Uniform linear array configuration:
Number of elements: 24
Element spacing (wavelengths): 1
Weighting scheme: cosine
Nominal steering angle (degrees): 15
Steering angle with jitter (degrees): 13.258
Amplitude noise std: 0.05
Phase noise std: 0.05

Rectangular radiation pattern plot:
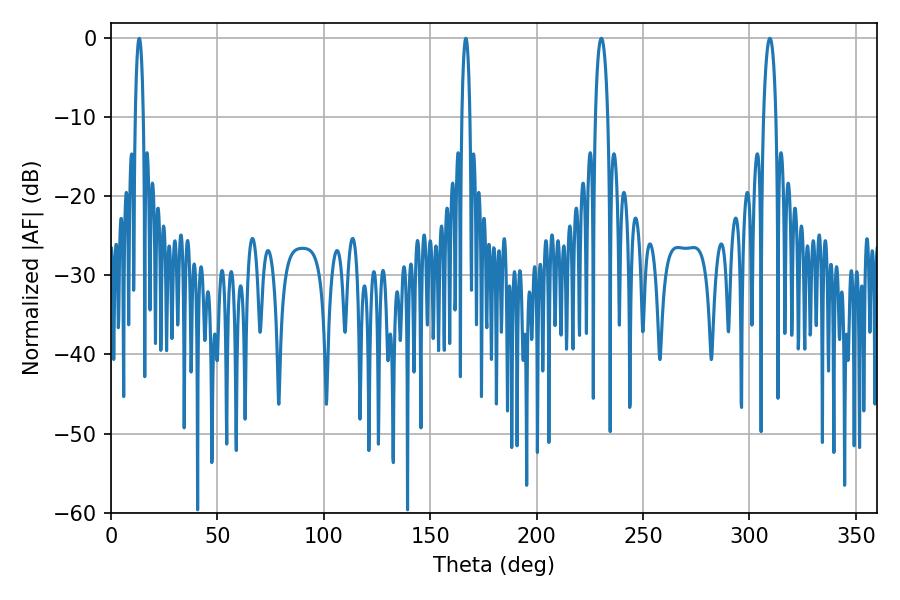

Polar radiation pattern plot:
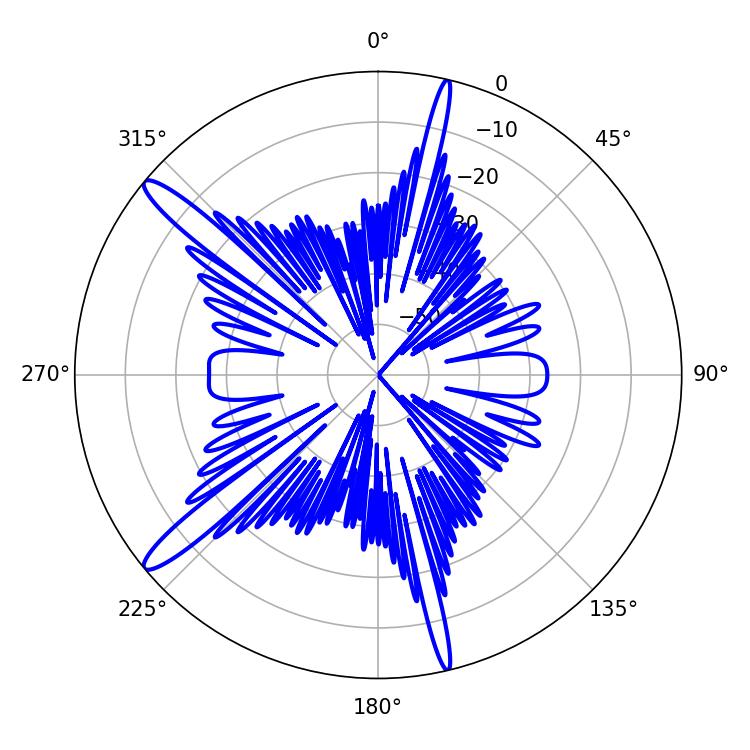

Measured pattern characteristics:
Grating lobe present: TRUE
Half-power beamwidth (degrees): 3.24
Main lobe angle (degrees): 230.4